Trukikaitis_Postimees, lk 147
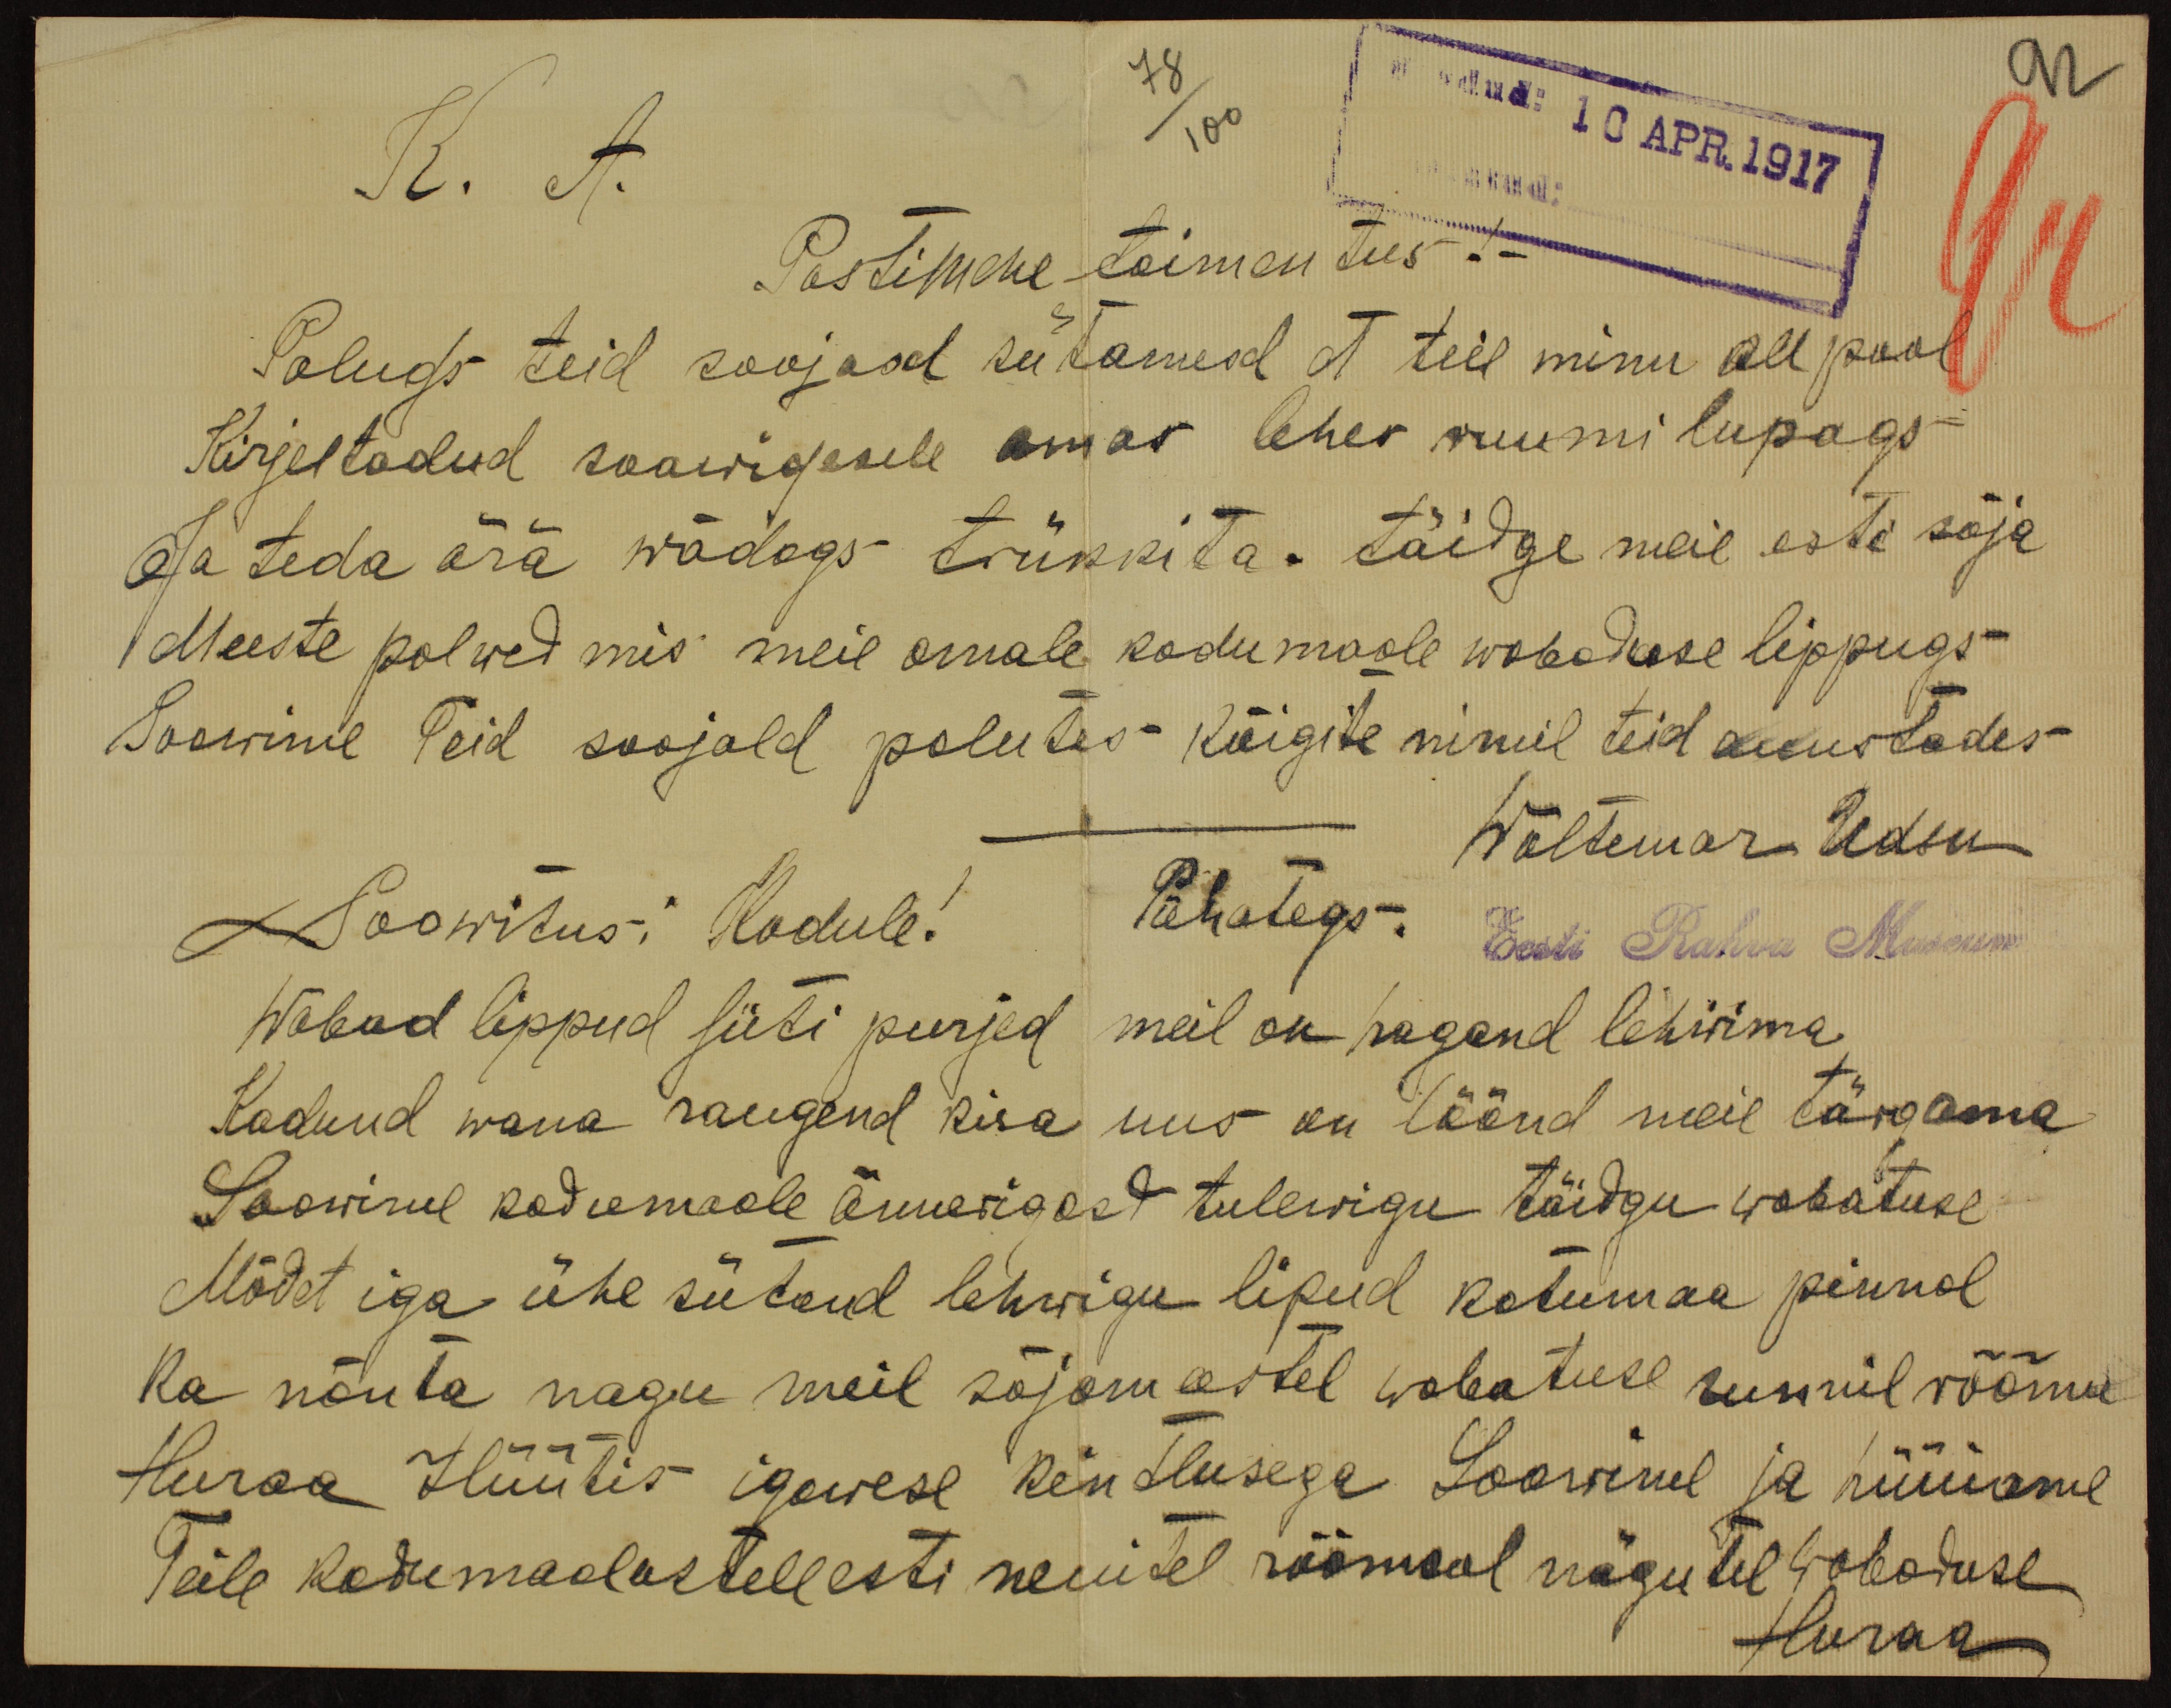
K. A.
10. APR.1917
78/100
Postimehe toimetus!
Paluge teid soojaad sütamed et teie minu all pool
Kirjeltadud soowidesele omas lehes ruumi lupags
Ja teda ära wõdags trükkita. Täidge meie esti sõja
Meeste palwed mis meie omale kodumaale wabaduse lippugs
Soowime Teid soojald palutes kõigite nimil teid auustades
Woltemar Udsu
Soowitusi Kodule! Pühategs.
Eesti Rahva Museum
Wabad lippud siiti purjed meil on hagand lehwima.
Kadund wana raugend kisa uus on löönd meis tärgama
Soowime kodumaale õnnerigast tulewigu täidgu wabatuse
Mõdet iga ühe sütand lehwigu lipud kotumaa pinnal.
Ka nõuta nagu meil sõjameestel wabatuse sunnil rõõmu
Huraa Hüütis igawese kintlusega Soowime ja hüüame
Teile kodumaalastele eesti neiutel rõõmsal nägutel wabaduse
Huraa